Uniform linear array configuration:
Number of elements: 64
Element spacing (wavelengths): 0.75
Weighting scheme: cosine
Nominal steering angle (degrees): -60
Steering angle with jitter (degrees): -61.846
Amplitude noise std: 0.05
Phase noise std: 0.05

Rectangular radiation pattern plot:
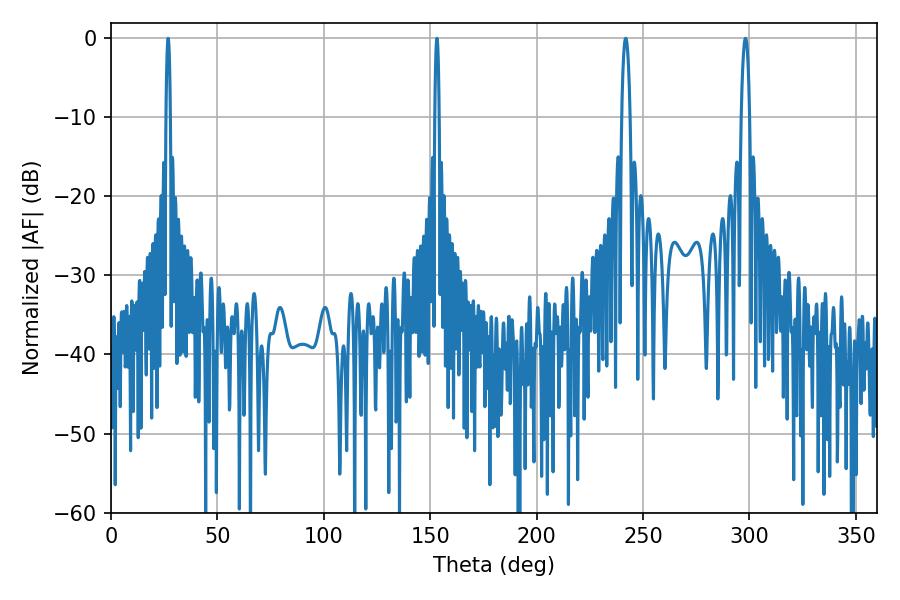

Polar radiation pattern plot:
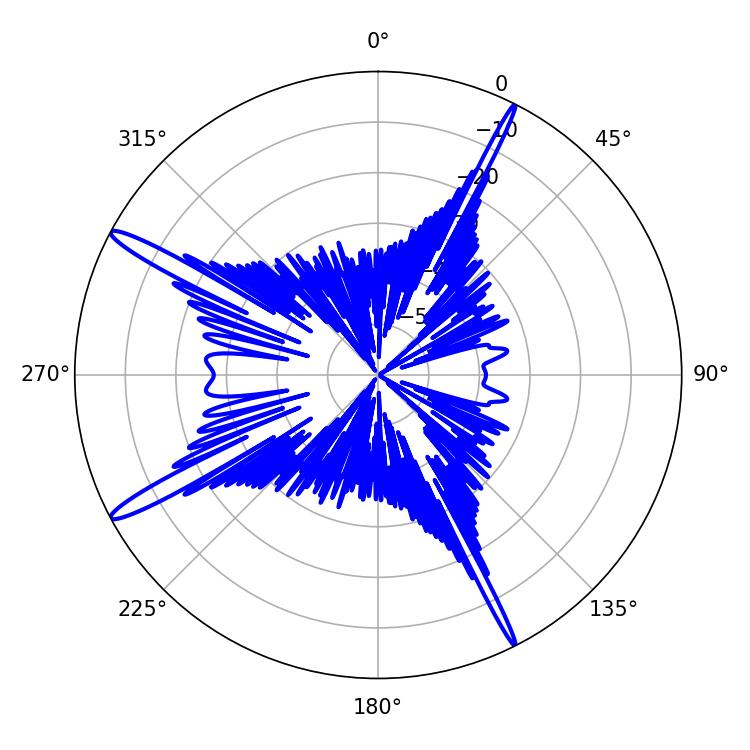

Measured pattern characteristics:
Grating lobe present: TRUE
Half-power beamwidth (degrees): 1.08
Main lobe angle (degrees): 26.82